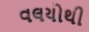
વલયોથી